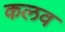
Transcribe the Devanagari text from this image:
कलव